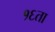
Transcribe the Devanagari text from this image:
१६ता